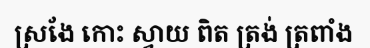
ស្រងែ កោះ ស្វាយ ពិត ត្រង់ ត្រពាំង